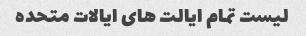
لیست تمام ایالت های ایالات متحده